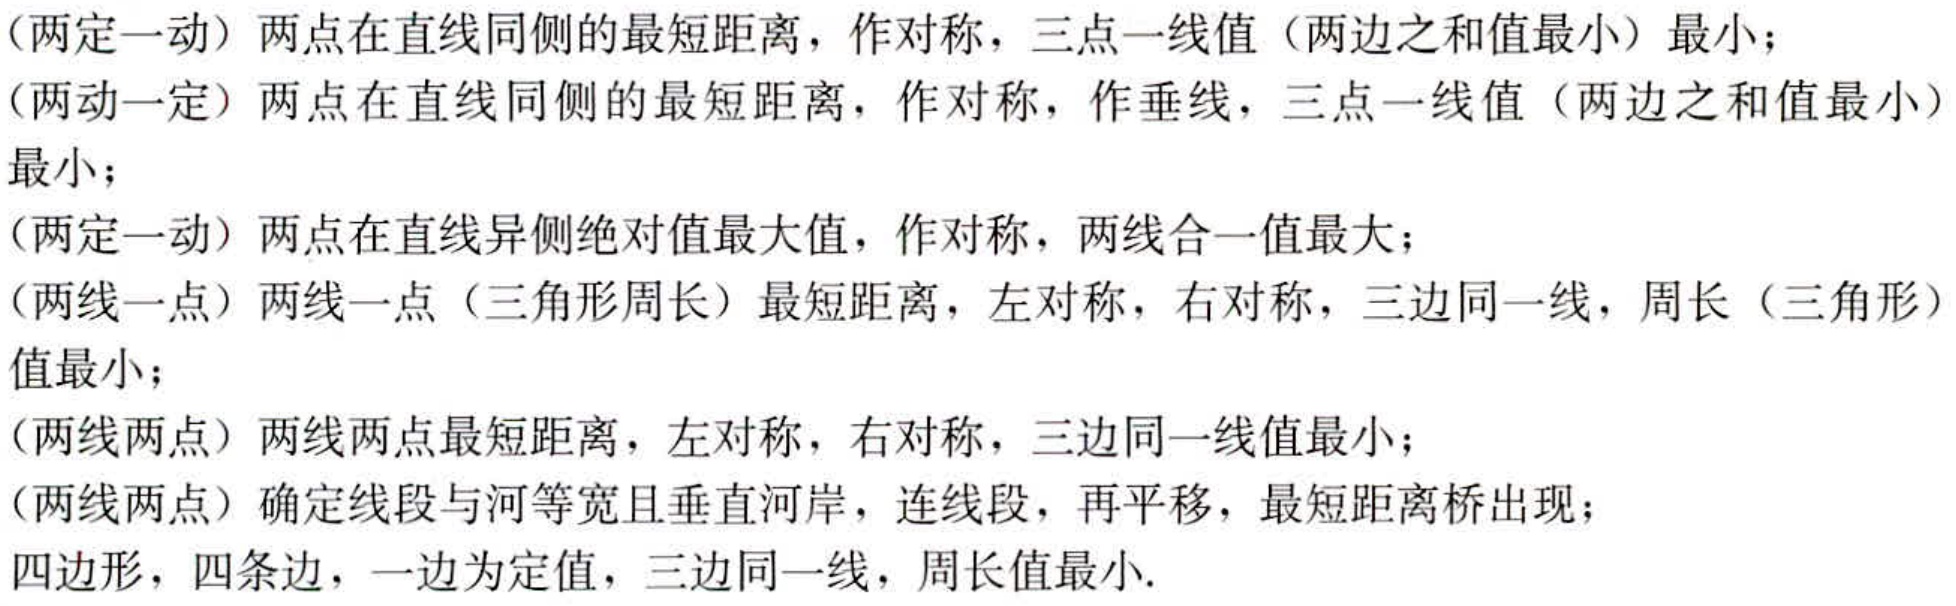
（两定一动）两点在直线同侧的最短距离，作对称，三点一线值（两边之和值最小）最小；

（两动一定）两点在直线同侧的最短距离，作对称，作垂线，三点一线值（两边之和值最小）最小；

（两定一动）两点在直线异侧绝对值最大值，作对称，两线合一值最大；

（两线一点）两线一点（三角形周长）最短距离，左对称，右对称，三边同一线，周长（三角形）值最小；

（两线两点）两线两点最短距离，左对称，右对称，三边同一线值最小；

（两线两点）确定线段与河等宽且垂直河岸，连线段，再平移，最短距离桥出现；

四边形，四条边，一边为定值，三边同一线，周长值最小.